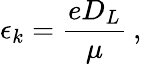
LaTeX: \epsilon_{k}=\frac{eD_{L}}{\mu}\: ,